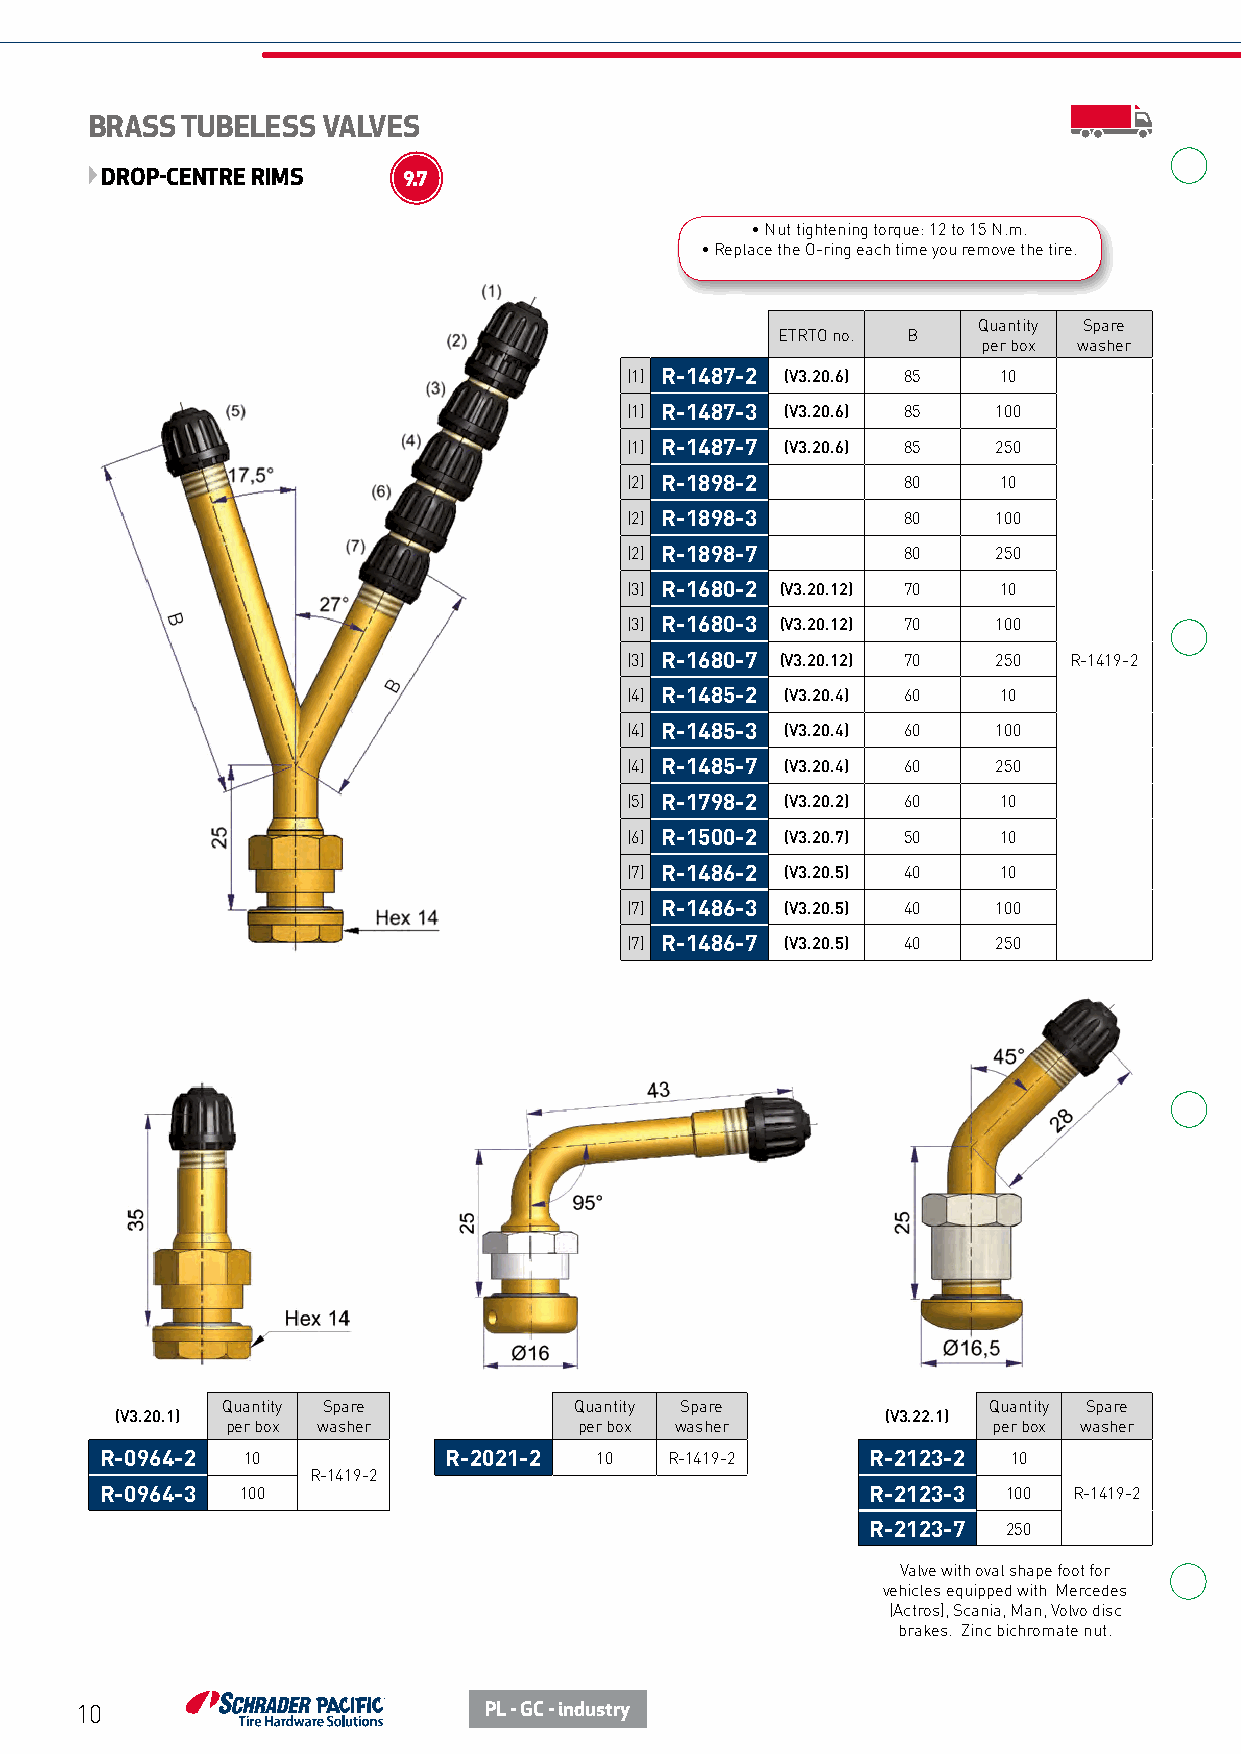
BRASS TUBELESS VALVES
 DROP-CENTRE RIMS    9.7
 • Nut tightening torque: 12 to 15 N.m.
 • Replace the O-ring each time you remove the tire.
 Quantity Spare
 ETRTO no. B
 per box washer
 (1) R-1487-2 (V3.20.6) 85 10
 (1) R-1487-3 (V3.20.6) 85 100
 (1) R-1487-7 (V3.20.6) 85 250
 (2) R-1898-2       80    10
 (2) R-1898-3       80    100
 (2) R-1898-7       80    250
 (3) R-1680-2 (V3.20.12) 70 10
 (3) R-1680-3 (V3.20.12) 70 100
 (3) R-1680-7 (V3.20.12) 70 250 R-1419-2
 (4) R-1485-2 (V3.20.4) 60 10
 (4) R-1485-3 (V3.20.4) 60 100
 (4) R-1485-7 (V3.20.4) 60 250
 (5) R-1798-2 (V3.20.2) 60 10
 (6) R-1500-2 (V3.20.7) 50 10
 (7) R-1486-2 (V3.20.5) 40 10
 (7) R-1486-3 (V3.20.5) 40 100
 (7) R-1486-7 (V3.20.5) 40 250
 Quantity Spare         Quantity Spare             Quantity Spare
 (V3.20.1)                                          (V3.22.1)
 per box washer         per box washer              per box washer
 R-0964-2 10           R-2021-2  10   R-1419-2     R-2123-2  10
 R-1419-2
 R-0964-3 100                                      R-2123-3  100 R-1419-2
 R-2123-7  250
 Valve with oval shape foot for
 vehicles equipped with Mercedes
 (Actros), Scania, Man, Volvo disc
 brakes. Zinc bichromate nut.
 10                         PL - GC - industry